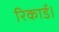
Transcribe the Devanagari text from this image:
रिकार्ड।